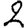
Digit: 2